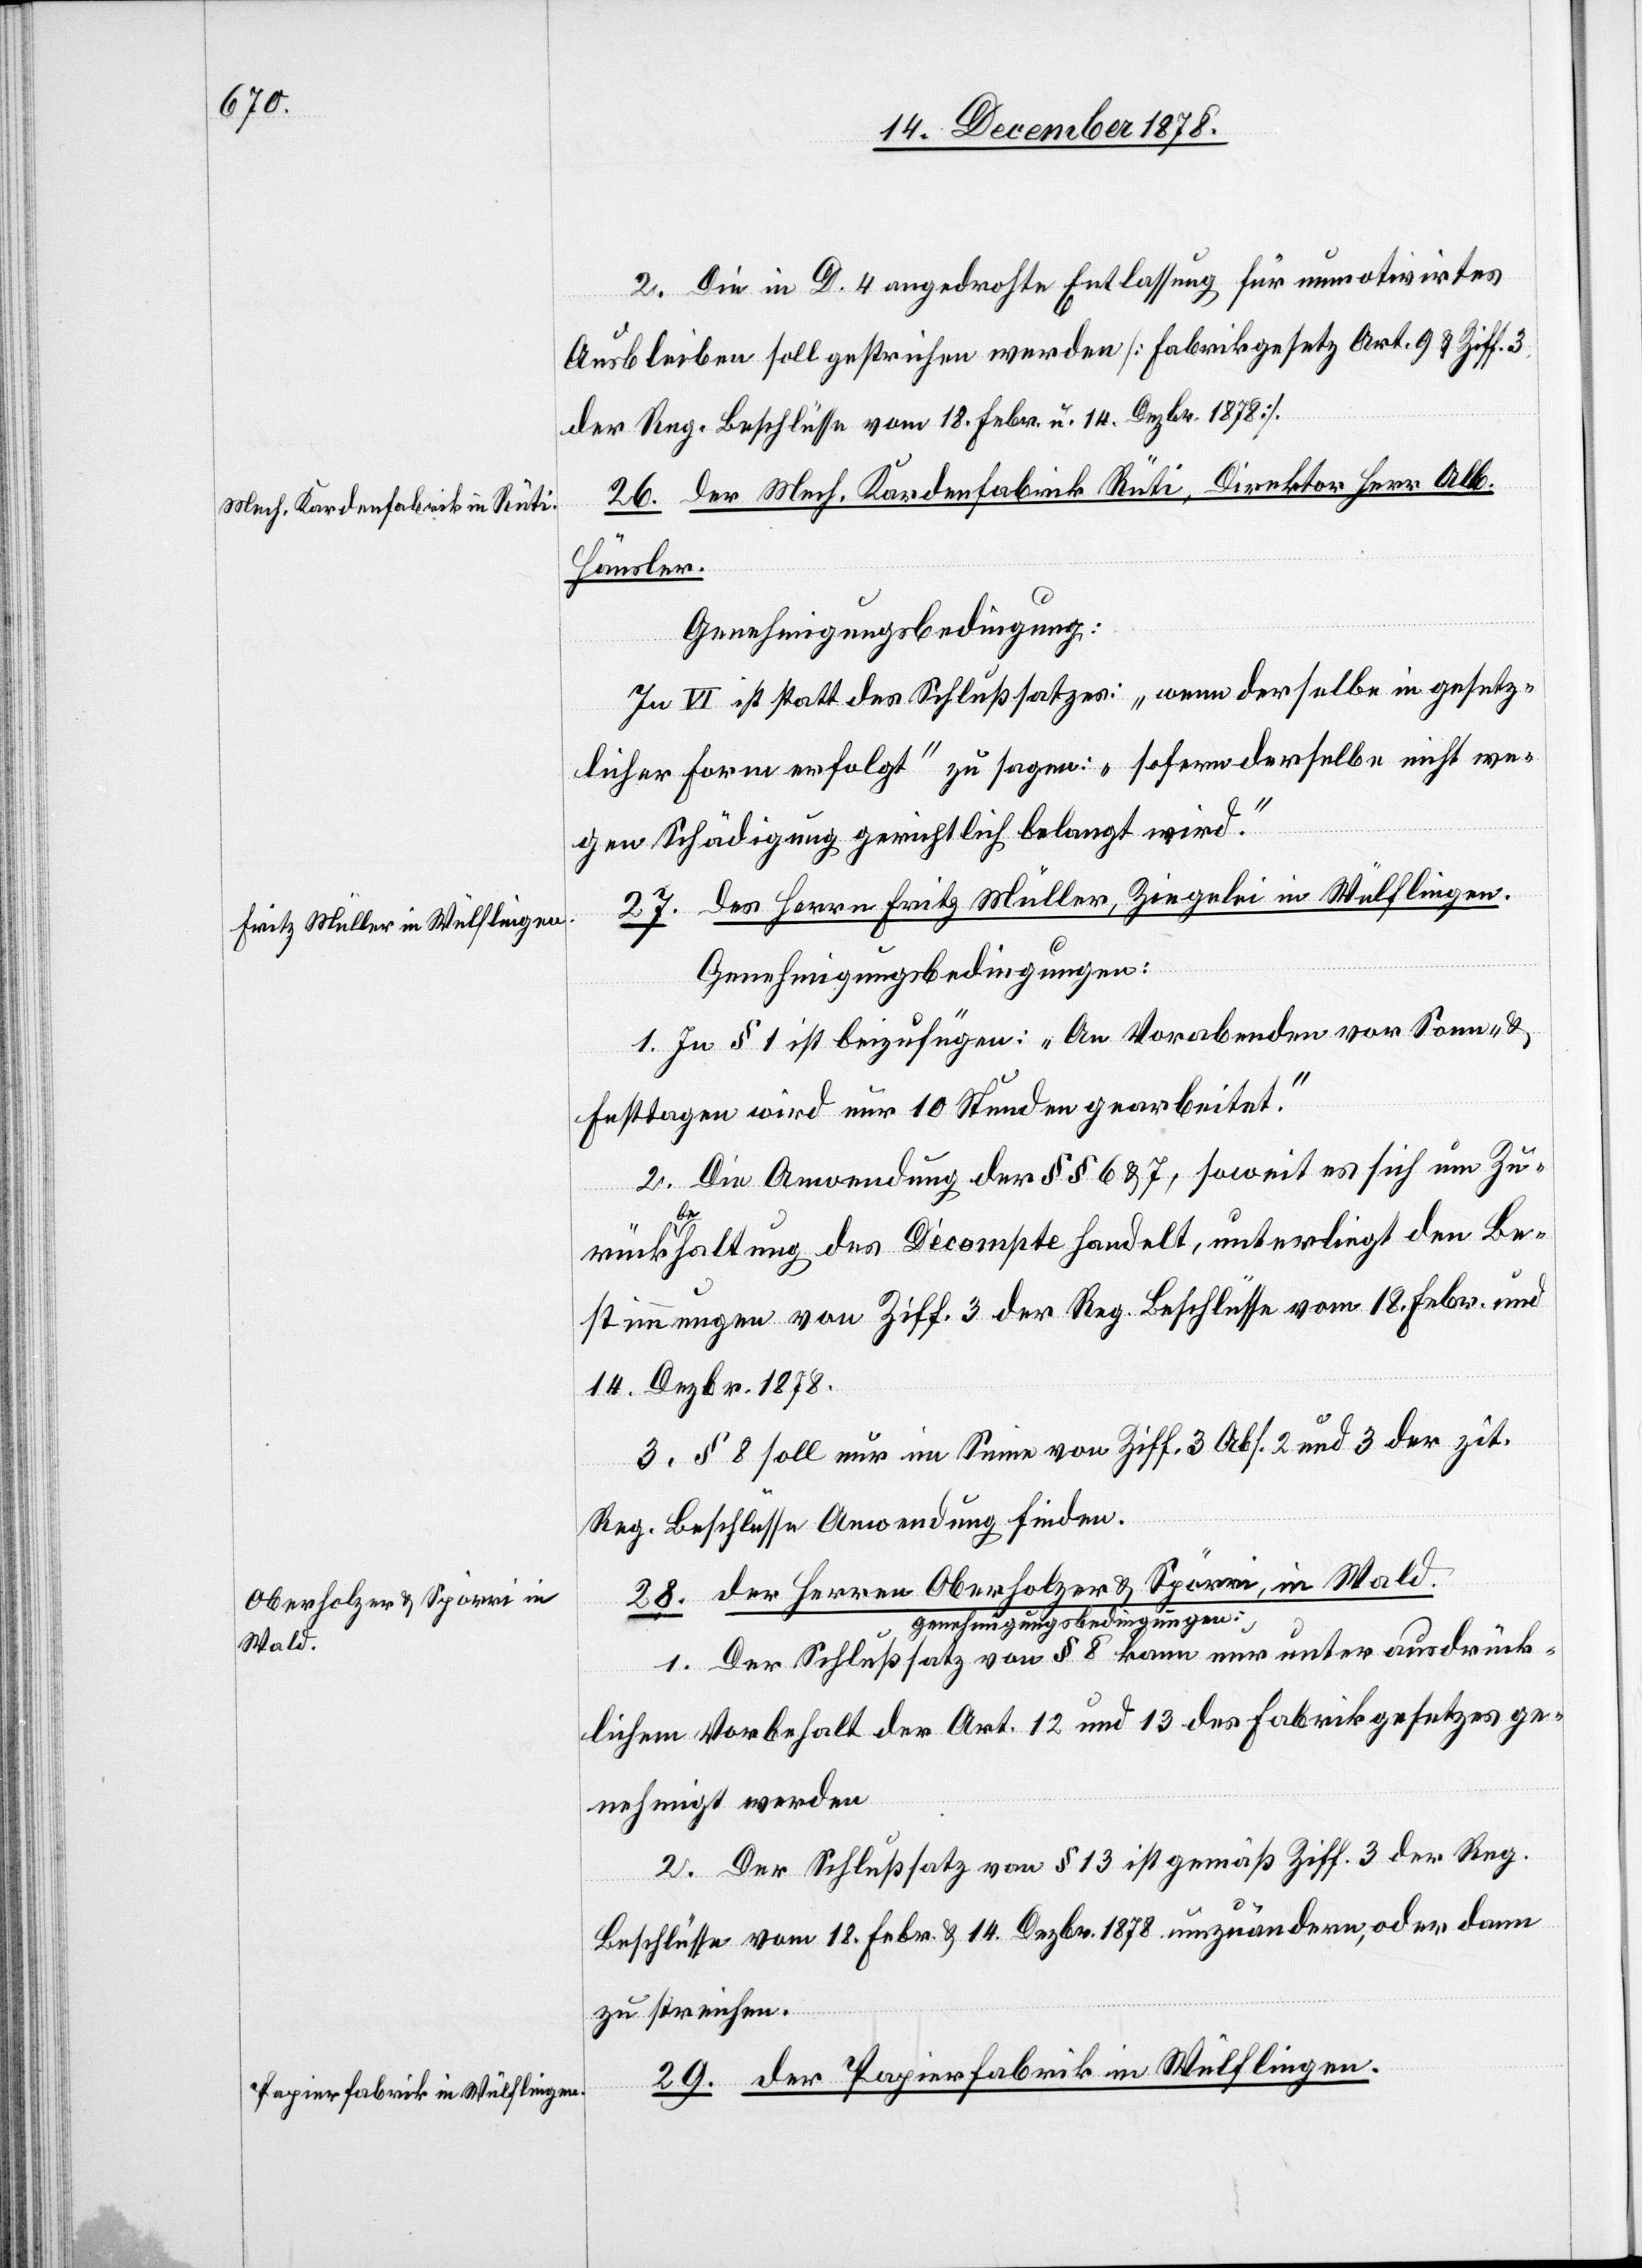
2. Die in D. 4 angedrohte Entlassung für unmotivirtes
Ausbleiben soll gestrichen werden [Fabrikgesetz Art. 9 & Ziff. 3
der Reg. Beschlüsse vom 18. Febr. u. 14. Dezbr. 1878].
26. der Mech. Kardenfabrik Rüti, Direktor Herr Alb.
Feier¬
Genehmigungsbedingung:
In VI ist statt des Schlußsatzes: „wenn derselbe in gesetz¬
licher Form erfolgt“ zu sagen: „sofern derselbe nicht we¬
gen Schädigung gerichtlich belangt wird.“
27. des Herrn Fritz Müller, Ziegelei in Wülflingen.
Genehmigungsbedingungen:
1. In § 1 ist beizufügen: „An Vorabenden vor Sonn- &
festtagen wird nur 10 Stunden gearbeitet.“
2. Die Anwendung der §§ 6 & 7, soweit es sich um Zu¬
rückbehaltung des Décompte handelt, unterliegt den Be¬
stimmungen von Ziff. 3 der Reg. Beschlüsse vom 18. Febr. und
14. Dezbr. 1878.
3. § 8 soll nur im Sinne von Ziff. 3 Abs. 2 und 3 der zit.
Reg. Beschlüsse Anwendung finden.
28. der Herren Oberholzer & Spörri, in Wald.
1. Der Schlußsatz von § 8 kann nur unter ausdrück¬
lichem Vorbehalt der Art. 12 und 13 des Fabrikgesetzes ge¬
nehmigt werden.
2. Der Schlußsatz von § 13 ist gemäß Ziff. 3 der Reg.
Beschlüsse vom 18. Febr. & 14. Dezbr. 1878 umzuändern, oder dann
zu streichen.
29. der Papierfabrik in Wülflingen.